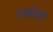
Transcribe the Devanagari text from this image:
रुफ़ोस